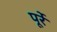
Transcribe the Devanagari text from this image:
पूर्रे